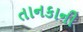
તાનકાની